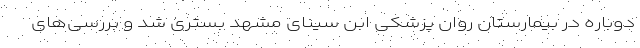
دوباره در بیمارستان روان پزشکی ابن سینای مشهد بستری شد و بررسی‌های